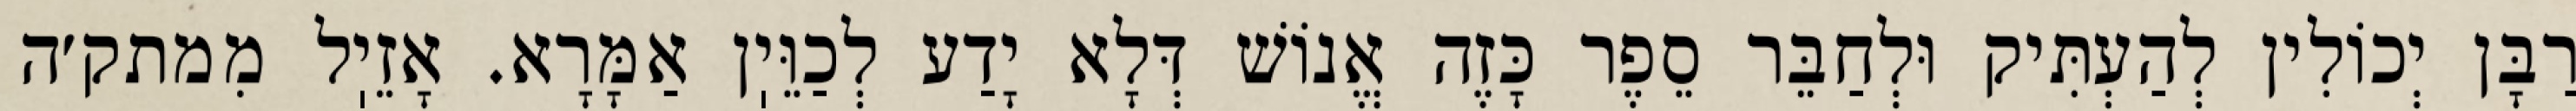
רַבָּן יְכוֹלִין לְהַעְתִּיק וּלְחַבֵּר סֵפֶר כָּזֶה אֱנוֹשׁ דְּלָא יָדַע לְכַוֵּיֽן אַמָּרָא. אָזֵיֽל מִמתק׳ה